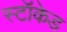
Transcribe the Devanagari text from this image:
स्टॉकेड